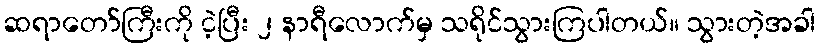
ဆရာတော်ကြီးကို ငဲ့ပြီး ၂ နာရီလောက်မှ သရိုင်သွားကြပါတယ်။ သွားတဲ့အခါ